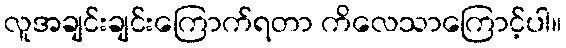
လူအချင်းချင်းကြောက်ရတာ ကိလေသာကြောင့်ပါ။